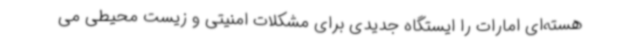
هسته‌ای امارات را ایستگاه جدیدی برای مشکلات امنیتی و زیست محیطی می